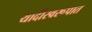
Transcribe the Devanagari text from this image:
यादीस्वरूपात